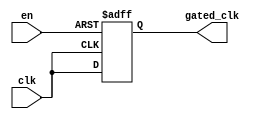
module clock_gating_buffer (
    input wire clk,      // Primary clock input
    input wire en,       // Enable signal
    output reg gated_clk // Gated clock output
);

// Always block to monitor the clock and enable signal
always @(posedge clk or negedge en) begin
    if (!en) begin
        gated_clk <= 1'b0; // Hold gated clock low when enable is low
    end else begin
        gated_clk <= clk;   // Pass the clock when enable is high
    end
end

endmodule